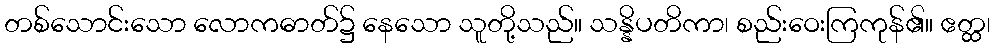
တစ်သောင်းသော လောကဓာတ်၌ နေသော သူတို့သည်။ သန္နိပတိကာ၊ စည်းဝေးကြကုန်၏။ ဧတ္ထ၊